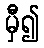
မှီ၍